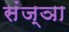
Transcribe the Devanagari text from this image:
संंज्ञा